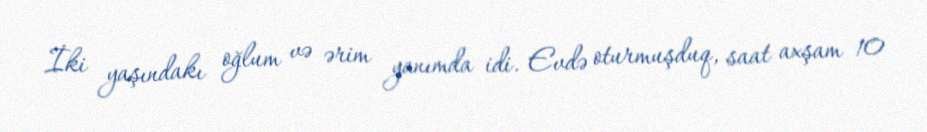
İki yaşındakı oğlum və ərim yanımda idi. Evdə oturmuşduq, saat axşam 10